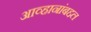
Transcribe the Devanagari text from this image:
आव्हानांबद्दल